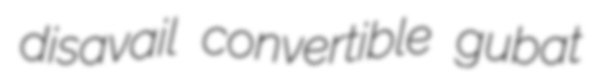
disavail convertible gubat